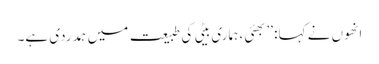
انھوں نے کہا: ’’بھئی ، ہماری بیٹی کی طبیعت میں ہمدردی ہے۔